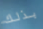
بذلك